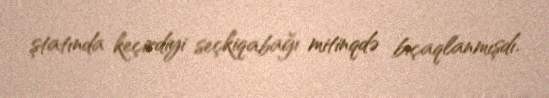
ştatında keçirdiyi seçkiqabağı mitinqdə bıçaqlanmışdı.